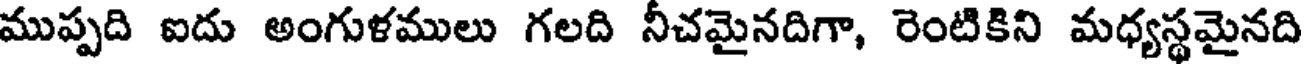
ముప్పది ఐదు అంగుళములు గలది నీచమైనదిగా, రెంటికిని మధ్యస్థమైనది